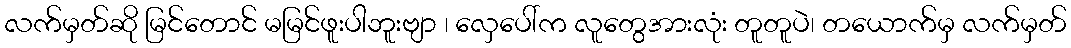
လက်မှတ်ဆို မြင်တောင် မမြင်ဖူးပါဘူးဗျာ ၊ လှေပေါ်က လူတွေအားလုံး တူတူပဲ၊ တယောက်မှ လက်မှတ်